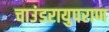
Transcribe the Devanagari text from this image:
चाउंडरायुपराण